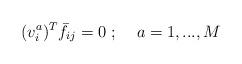
LaTeX: \begin{align*}(v_i^a)^T \bar f_{ij} =0\; ; \;\;\;\; a=1,...,M\end{align*}